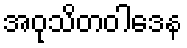
အဝုသိတဝါဒေန